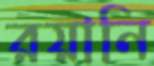
রয়ানি